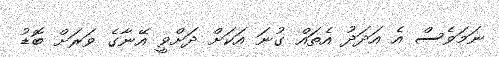
ނަމަވެސް އެ އަދަދު އެތައް ގުނަ އަކަށް ދަށްވީ އޭނާގެ ވަރަށް ބޮޑު